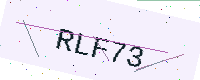
Text: RLF73